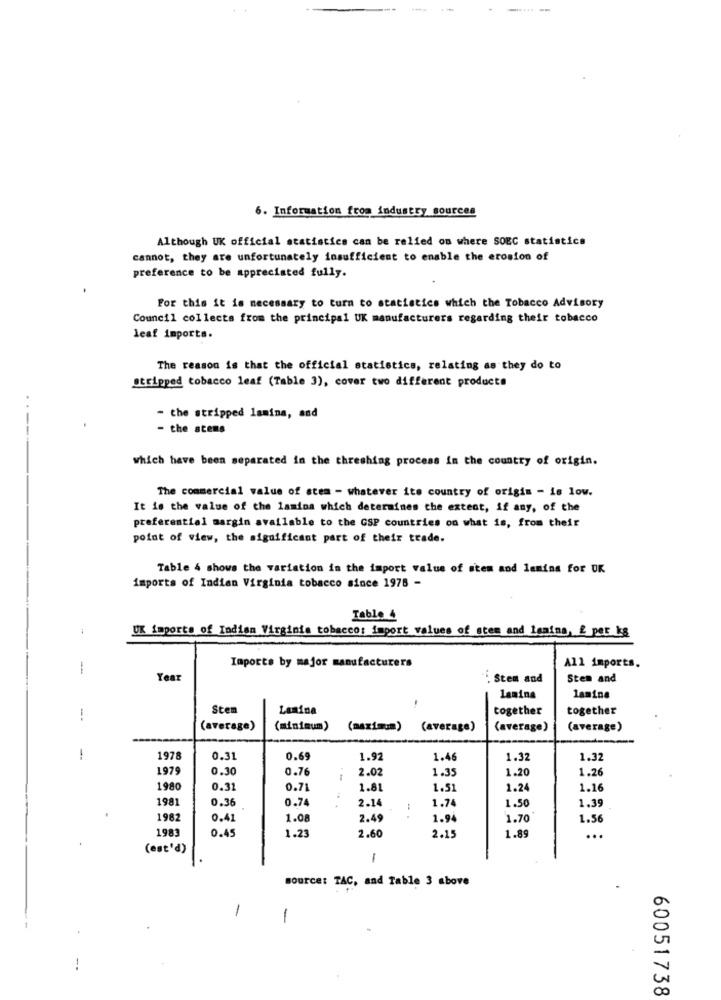
---
6. Information from industry sources
Although UK official statistics can be relied on where SOEC statistica
cannot, they are unfortunately insufficient to enable the erosion of
preference to be appreciated fully.
For this it is necessary to turn to statistics which the Tobacco Advisory
Council collects from the principal UK manufacturers regarding their tobacco
leaf imports.
The reason is that the official statistics, relating as they do to
stripped tobacco leaf (Table 3), cover two different products
. .
- the stripped lamina, and
- the stems
which have been separated in the threshing process in the country of origin.
The commercial value of stem - whatever its country of origin - is low.
It is the value of the lamina which determines the extent, if any, of the
preferential margin available to the GSP countries on what is, from their
point of view, the significant part of their trade.
Table 4 shows the variation in the import value of stem and lemins for UK
imports of Indian Virginia tobacco since 1978 -
Tablo 4
UK imports of Indian Virginia tobacco: import values of stem and lenina, & per kg
Imports by major manufacturers
-
All imports.
Year
" Stem and
Stem and
lanina
lamine
Stem
Lasina
together
together
(average)
(minimum)
(maximum) (average)
(average)
(average)
-
1978
0.31
0.69
1.92
1.46
1.32
1.32
1979
0.30
0.76
2.02
1.35
1.20
1.26
1980
0.31
0.71
1.81
1.51
1.24
1.16
1981
0.36
0.74
2.14
1.74
1.50
1.39
1982
0.4
1.08
2.49
1.94
1.70
1.56
1983
0.45
1.23
2.60
2.15
1.89
...
(est'd)
-
source: TAC, and Table 3 above
-
-
60051738